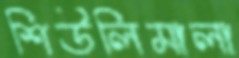
শিউলিমালা